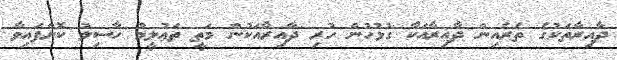
ދާއިރާތަކުގެ ތެރެއިން ދާއިރާއަކާ ގުޅުހުން ހުރި ދާއިރާއަކުން މަތީ ތަޢުލީމު ހާސިލު ކޮށްފައިވާ